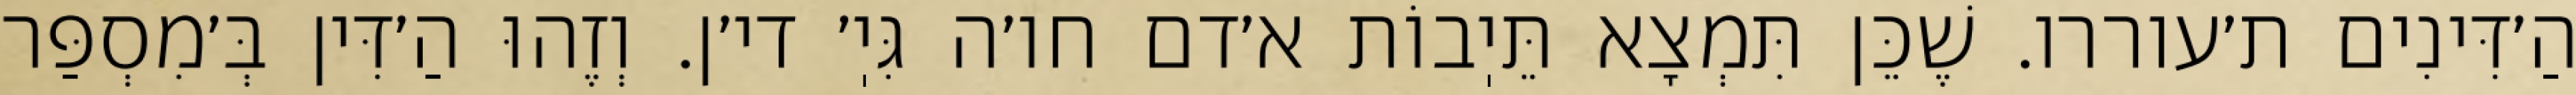
הַ׳דִּינִים ת׳עוררו. שֶׁכֵּן תִּמְצָא תֵּיֽבוֹת א׳דם חו׳ה גִּיֽ׳ די׳ן. וְזֶהוּ הַ׳דִּין בְּ׳מִסְפַּר